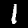
Label: 1